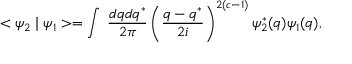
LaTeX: < \psi _ { 2 } \mid \psi _ { 1 } > = \int \; \frac { d q d q ^ { * } } { 2 \pi } \left( \frac { q - q ^ { * } } { 2 i } \right) ^ { 2 ( c - 1 ) } { \psi } _ { 2 } ^ { * } ( q ) \psi _ { 1 } ( q ) ,